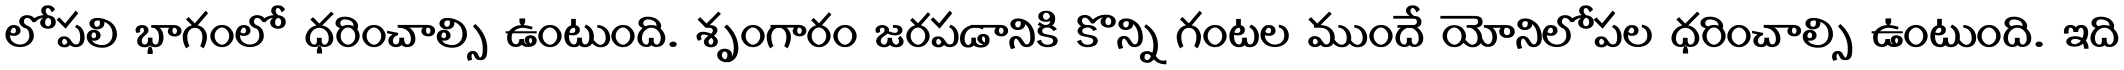
లోపలి భాగంలో ధరించాల్సి ఉంటుంది. శృంగారం జరపడానికి కొన్ని గంటల ముందే యోనిలోపల ధరించాల్సి ఉంటుంది. ఇది